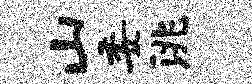
山委洮